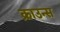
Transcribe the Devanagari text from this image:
क्राउन्स